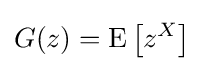
G(z)=\operatorname {E} \left[z^{X}\right]